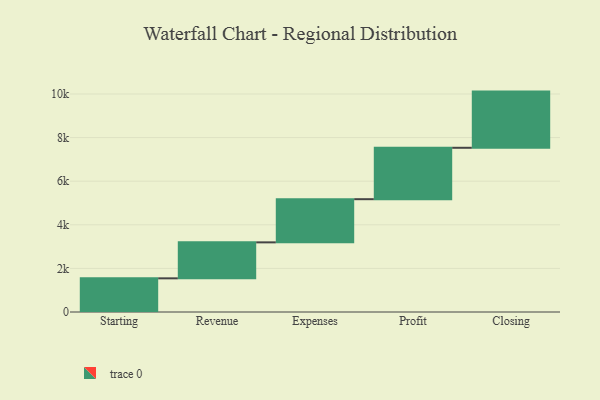
{"axis": {"x": "Step", "y": "Value"}, "legend": [""], "data": [{"x": "Starting", "y": 1544.0, "type": ""}, {"x": "Revenue", "y": 1650.0, "type": ""}, {"x": "Expenses", "y": 1980.0, "type": ""}, {"x": "Profit", "y": 2358.0, "type": ""}, {"x": "Closing", "y": 2577.0, "type": ""}]}